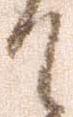
て